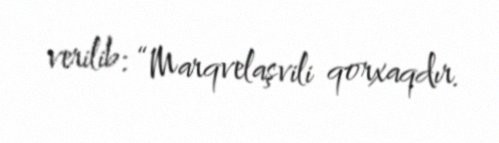
verilib: “Marqvelaşvili qorxaqdır.